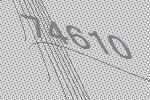
74610